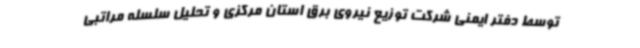
توسط دفتر ایمنی شرکت توزیع نیروی برق استان مرکزی و تحلیل سلسله مراتبی